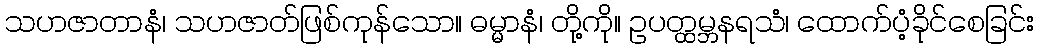
သဟဇာတာနံ၊ သဟဇာတ်ဖြစ်ကုန်သော။ ဓမ္မာနံ၊ တို့ကို။ ဥပတ္ထမ္ဘနရသံ၊ ထောက်ပံ့ခိုင်စေခြင်း